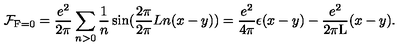
{ \cal F } _ { \mathrm { F } = 0 } = \frac { e ^ { 2 } } { 2 \pi } \sum _ { n > 0 } \frac { 1 } { n } \sin ( \frac { 2 \pi } { 2 \pi } { L } n ( x - y ) ) = \frac { e ^ { 2 } } { 4 \pi } \epsilon ( x - y ) - \frac { e ^ { 2 } } { 2 \pi \mathrm { L } } ( x - y ) .